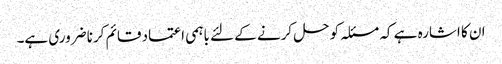
ان کا اشارہ ہے کہ مسئلہ کو حل کرنے کے لئے باہمی اعتماد قائم کرنا ضروری ہے۔